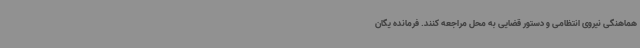
هماهنگی نیروی انتظامی و دستور قضایی به محل مراجعه کنند. فرمانده یگان